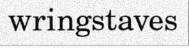
wringstaves